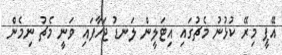
އޭޕީ މިރޭ ކުޅުނު މެޗުގައި އިޓަލީން ލަނޑު ޖަހާފައި ވަނީ މެޗު ނިމެން